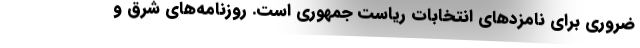
ضروری برای نامزدهای انتخابات ریاست جمهوری است. روزنامه‌های شرق و